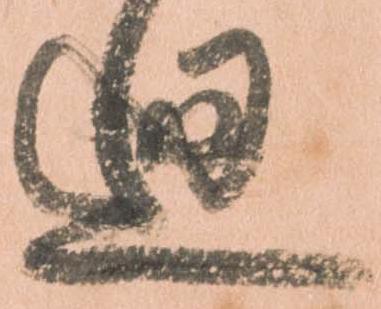
廻